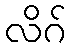
လိဂ်